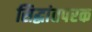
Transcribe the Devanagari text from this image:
सिद्धांतपरक